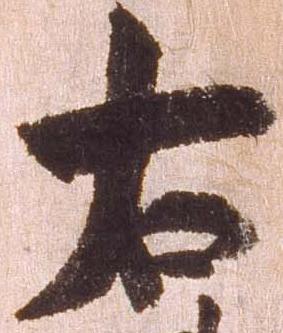
右